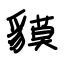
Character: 貘